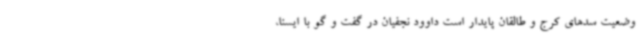
وضعیت سدهای کرج و طالقان پایدار است داوود نجفیان در گفت و گو با ایسنا،